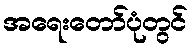
အရေးတော်ပုံတွင်